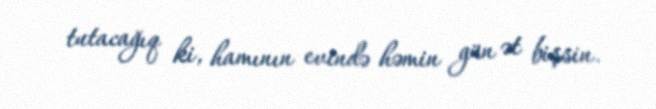
tutacağıq ki, hamının evində həmin gün ət bişsin.